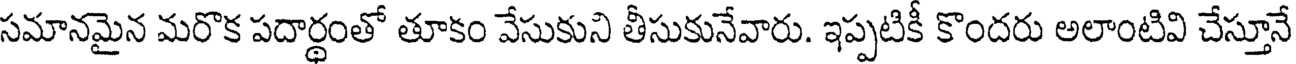
సమానమైన మరొక పదార్థంతో తూకం వేసుకుని తీసుకునేవారు. ఇప్పటికీ కొందరు అలాంటివి చేస్తూనే